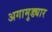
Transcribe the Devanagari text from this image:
अगामुड्यार